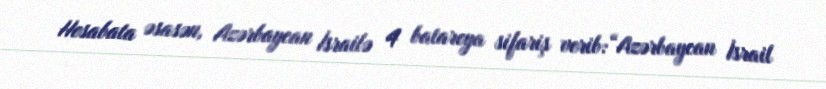
Hesabata əsasən, Azərbaycan İsrailə 4 batareya sifariş verib:“Azərbaycan İsrail